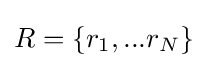
{R}=\left\{r_{1},...r_{N}\right\}